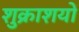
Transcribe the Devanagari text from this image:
शुक्राशयों